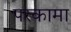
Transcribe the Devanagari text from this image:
परकामा